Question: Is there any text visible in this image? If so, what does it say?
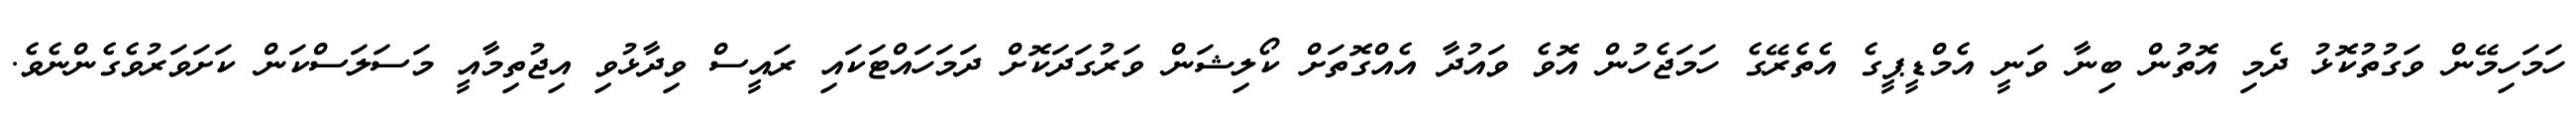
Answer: ހަމަހިމޭން ވަގުތުކޮޅު ދެމި އޮތުން ބިނާ ވަނީ އެމްޑީޕީގެ އެތެރޭގެ ހަމަޖެހުން އޮވެ ވައުދާ އެއްގޮތަށް ކޯލިޝަން ވަރުގަދަކޮށް ދަމަހައްޓަކައި ރައީސް ވިދާޅުވި އިޖުތިމާއީ މަސަލަސްކަން ކަށަވަރުވެގެންނެވެ.